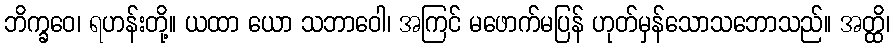
ဘိက္ခဝေ၊ ရဟန်းတို့။ ယထာ ယော သဘာဝေါ၊ အကြင် မဖောက်မပြန် ဟုတ်မှန်သောသဘောသည်။ အတ္ထိ၊